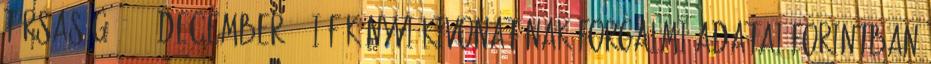
Társaság 2009. december 31-i főkönyvi kivonatának forgalmi adatai forintban